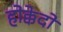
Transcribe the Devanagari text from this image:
होक्केदो